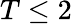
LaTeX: T\leq 2